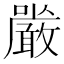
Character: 𭌔